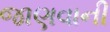
જાણવાની